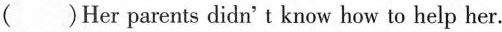
( )Her parents didn't know how to help her.